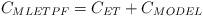
LaTeX: \begin{align*}C_{MLETPF}=C_{ET}+C_{MODEL}\end{align*}